Scottish Certificate of Education, 1962
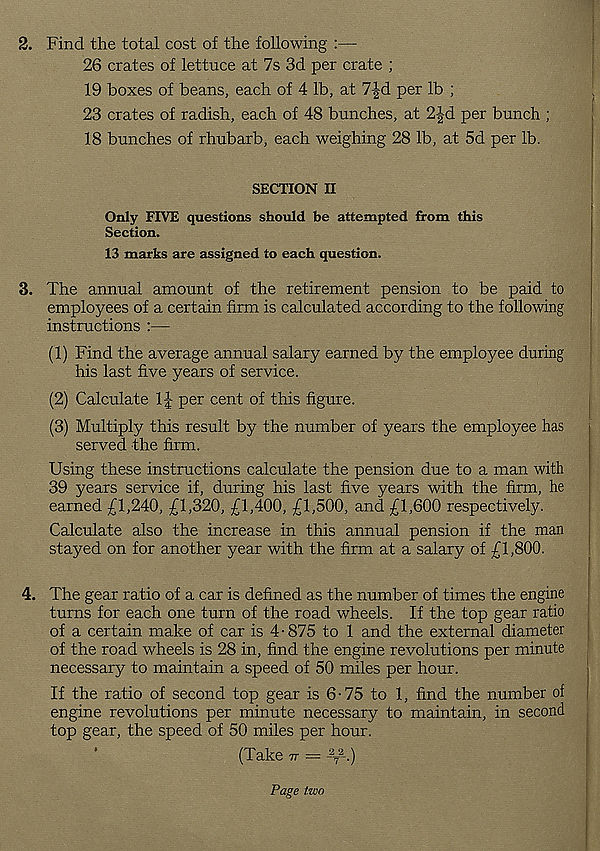
2. Find the total cost of the following :—
26 crates of lettuce at 7s 3d per crate ;
19 boxes of beans, each of 4 lb, at 7-|d per lb ;
23 crates of radish, each of 48 bunches, at 2^d per bunch ;
18 bunches of rhubarb, each weighing 28 lb, at 5d per lb.
SECTION II
Only FIVE questions should be attempted from this
Section.
13 marks are assigned to each question.
3. The annual amount of the retirement pension to be paid to
employees of a certain firm is calculated according to the following
instructions :—
(1) Find the average annual salary earned by the employee during
his last five years of service.
(2) Calculate 1J per cent of this figure.
(3) Multiply this result by the number of years the employee has
served the firm.
Using these instructions calculate the pension due to a man with
39 years service if, during his last five years with the firm, he
earned £1,240, £1,320, £1,400, £1,500, and £1,600 respectively.
Calculate also the increase in this annual pension if the man
stayed on for another year with the firm at a salary of £1,800.
4. The gear ratio of a car is defined as the number of times the engine
turns for each one turn of the road wheels. If the top gear ratio
of a certain make of car is 4-875 to 1 and the external diameter
of the road wheels is 28 in, find the engine revolutions per minute
necessary to maintain a speed of 50 miles per hour.
If the ratio of second top gear is 6-75 to 1, find the number of
engine revolutions per minute necessary to maintain, in second
top gear, the speed of 50 miles per hour.
(Take tt = - 2
T
2 -.)
Page two